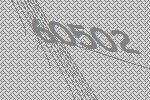
60502